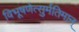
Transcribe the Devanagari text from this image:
विभूषणेत्सुर्मतिमान्